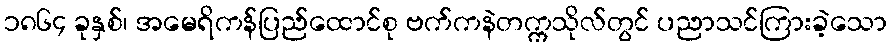
၁၈၆၄ ခုနှစ်၊ အမေရိကန်ပြည်ထောင်စု ဗက်ကနဲတက္ကသိုလ်တွင် ပညာသင်ကြားခဲ့သော